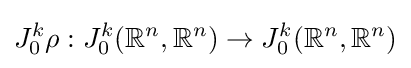
J_{0}^{k}\rho :J_{0}^{k}({\mathbb {R} }^{n},{\mathbb {R} }^{n})\rightarrow J_{0}^{k}({\mathbb {R} }^{n},{\mathbb {R} }^{n})